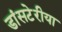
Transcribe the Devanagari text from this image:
डांसटेरीया